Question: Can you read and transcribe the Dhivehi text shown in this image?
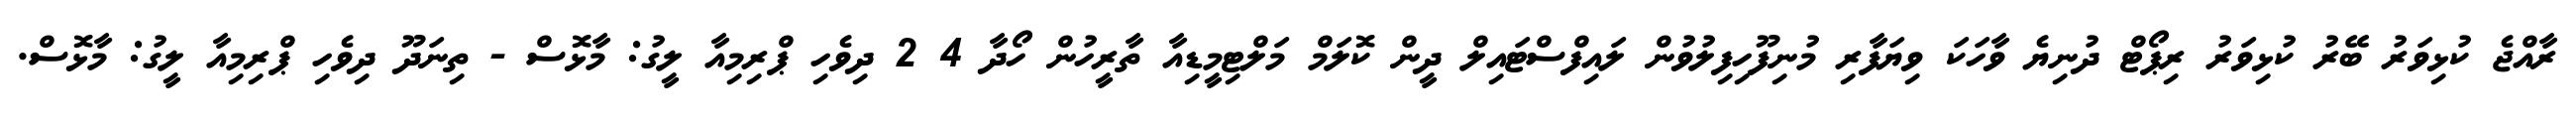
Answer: ރާއްޖެ ކުޅިވަރު ބޭރު ކުޅިވަރު ރިޕޯޓް ދުނިޔެ ވާހަކަ ވިޔަފާރި މުނިފޫހިފިލުވުން ލައިފްސްޓައިލް ދީން ކޮލަމް މަލްޓިމީޑިއާ ތާރީހުން ހޯދާ 4 2 ދިވެހި ޕްރިމިއާ ލީގު: މާޅޮސް - ތިނަދޫ ދިވެހި ޕްރިމިއާ ލީގު: މާޅޮސް.